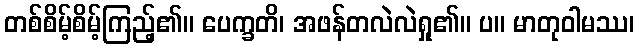
တစ်စိမ့်စိမ့်ကြည့်၏။ ပေက္ခတိ၊ အဖန်တလဲလဲရှု၏။ ပ။ မာတုဝါမဿ၊